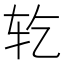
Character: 䢀